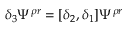
\delta _ { 3 } \Psi ^ { \rho r } = [ \delta _ { 2 } , \delta _ { 1 } ] \Psi ^ { \rho r }